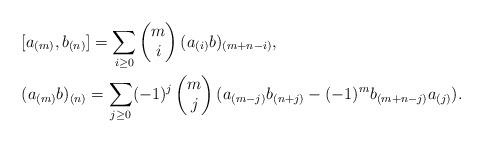
LaTeX: \begin{align*} &[a_{(m)}, b_{(n)}] =\sum_{i\geq 0}\begin{pmatrix} m\\i\end{pmatrix}(a_{(i)}b)_{(m+n-i)},\\&(a_{(m)}b)_{(n)}=\sum_{j\geq 0}(-1)^j\begin{pmatrix}m\\j\end{pmatrix}(a_{(m-j)}b_{(n+j)}-(-1)^mb_{(m+n-j)}a_{(j)}).\end{align*}